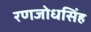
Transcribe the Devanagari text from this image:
रणजोधसिंह